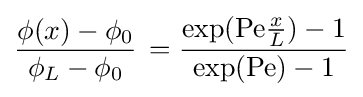
{\frac {\phi (x)-\phi _{0}}{\phi _{L}-\phi _{0}}}\,={\frac {\exp({\text{Pe}}{\frac {x}{L}})-1}{\exp({\text{Pe}})-1}}